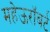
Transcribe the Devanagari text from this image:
महेऊरॉबर्ट